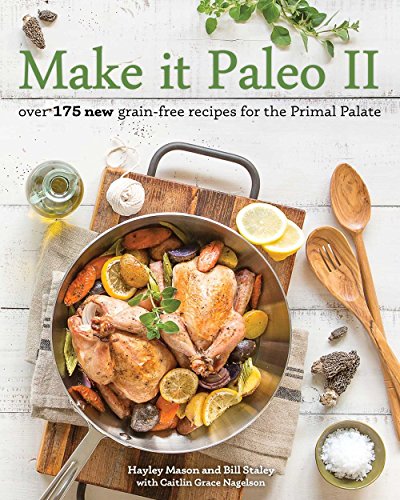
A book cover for Make it Paleo II: Over 175 New Grain-Free Recipes for the Primal Palate; Hayley Mason; Cookbooks, Food & Wine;